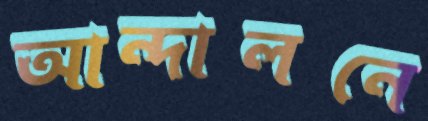
আন্দালনে